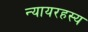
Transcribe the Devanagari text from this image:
न्यायरहस्य